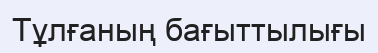
Тұлғаның бағыттылығы